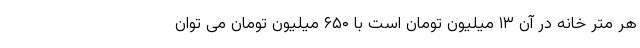
هر متر خانه در آن ۱۳ میلیون تومان است با ۶۵۰ میلیون تومان می توان